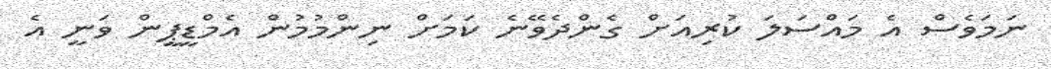
ނަމަވެސް އެ މައްސަލަ ކުރިއަށް ގެންދެވޭނެ ކަމަށް ނިންމުމުން އެމްޑީޕީން ވަނީ އެ